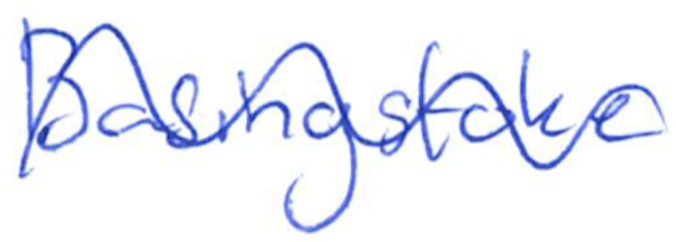
Text: Basingstoke
Cross-out: mix
Writing tool: ballpoint